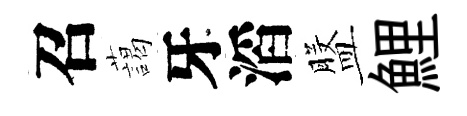
召藹牙滔盤鯉